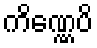
ကိဏ္ဏေပိ